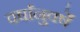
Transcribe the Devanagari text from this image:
वर्षांनुवर्षे